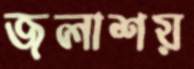
জলাশয়